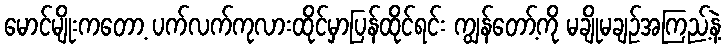
မောင်မျိုးကတော့ ပက်လက်ကုလားထိုင်မှာပြန်ထိုင်ရင်း ကျွန်တော့်ကို မချိုမချဉ်အကြည့်နဲ့